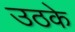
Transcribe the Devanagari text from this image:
उठके